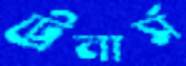
ট্রেনার্স